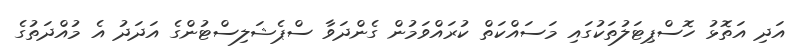
އަދި އަތޮޅު ހޮސްޕިޓަލުތަކުގައި މަސައްކަތް ކުރައްވަމުން ގެންދަވާ ސްޕެޝަލިސްޓުންގެ އަދަދު އެ މުއްދަތުގެ